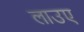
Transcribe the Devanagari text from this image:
लाउए